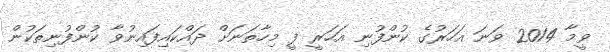
ވީމާ 2014 ވަނަ އަހަރުގެ ކުންފުނި އަހަރީ ފީ މިހާތަނަށް ދައްކައިފައިނުވާ ކުންފުނިތަކުން